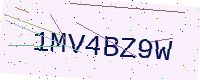
Text: 1MV4BZ9W